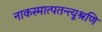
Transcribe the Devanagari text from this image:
नाकस्मात्पतन्त्यश्रूणि